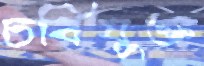
চর্বিযুক্ত